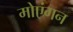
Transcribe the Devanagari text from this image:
मोएंगन